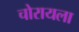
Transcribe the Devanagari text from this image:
चोरायला